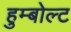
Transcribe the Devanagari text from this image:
हुम्बोल्ट